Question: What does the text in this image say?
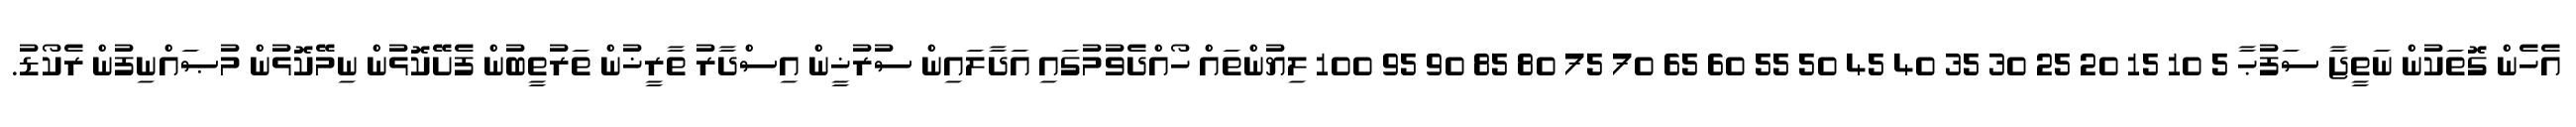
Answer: އެހެން ގޮތަކުން ނަތީޖާ ސަފުޙާ 5 10 15 20 25 30 35 40 45 50 55 60 65 70 75 80 85 90 95 100 ލިޔުންތައް ހޯއްދެވުމުގައި އަދާލައިން ސުރުޚީން އިސްދާރު ތާރީޚުން ތަރުތީބުން ފެށޭކޮޅުން ނިމޭކޮޅުން މުޞައްނިފުން ރެކޯޑު.